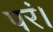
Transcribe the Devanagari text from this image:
परं।